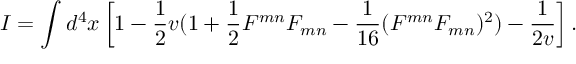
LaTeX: I = \int d ^ { 4 } x \left[ 1 - \frac { 1 } { 2 } v ( 1 + \frac { 1 } { 2 } F ^ { m n } F _ { m n } - \frac { 1 } { 1 6 } ( { \cal { F } } ^ { m n } F _ { m n } ) ^ { 2 } ) - \frac { 1 } { 2 v } \right] .